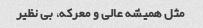
مثل همیشه عالی و معرکه، بی نظیر